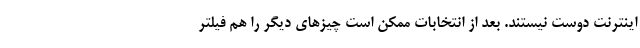
اینترنت دوست نیستند. بعد از انتخابات ممکن است چیزهای دیگر را هم فیلتر